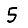
Digit: 5